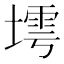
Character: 𱗫